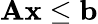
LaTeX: \mathbf{A}\mathbf{x}\leq\mathbf{b}